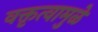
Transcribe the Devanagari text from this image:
वक्तृत्वामुळे